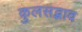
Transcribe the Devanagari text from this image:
कुलसद्भाव